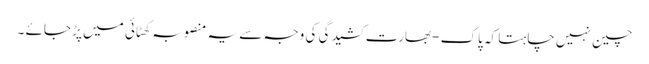
چین نہیں چاہتا کہ پاک -بھارت کشیدگی کی وجہ سے یہ منصوبہ کھٹائی میں پڑ جائے ۔